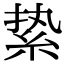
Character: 絷